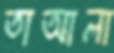
তাআলা